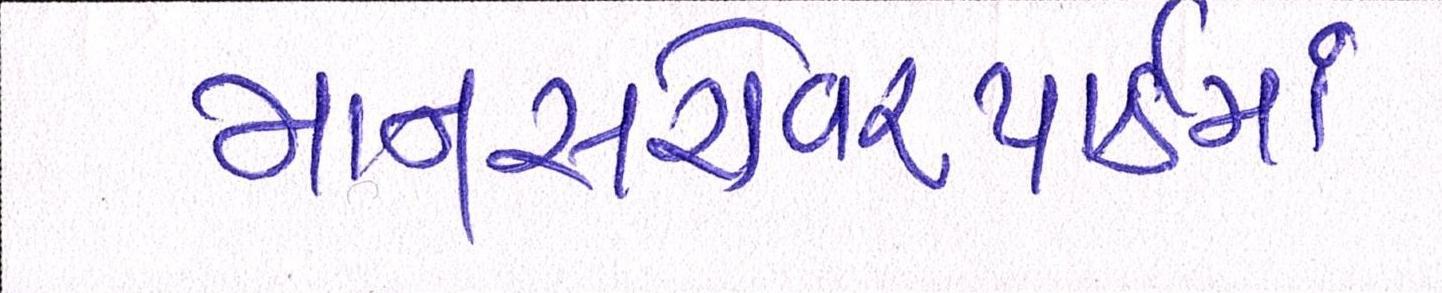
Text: માનસરોવરપાર્કમાં